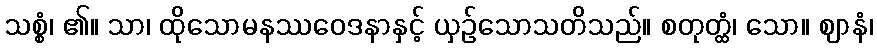
သစ္စံ၊ ၏။ သာ၊ ထိုသောမနဿဝေဒနာနှင့် ယှဉ်သောသတိသည်။ စတုတ္ထံ၊ သော။ ဈာနံ၊